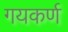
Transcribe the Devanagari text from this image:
गयकर्ण